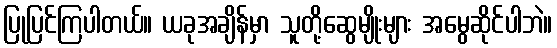
ပြုပြင်ကြပါတယ်။ ယခုအချိန်မှာ သူတို့ဆွေမျိုးများ အမွေဆိုင်ပါဘဲ။